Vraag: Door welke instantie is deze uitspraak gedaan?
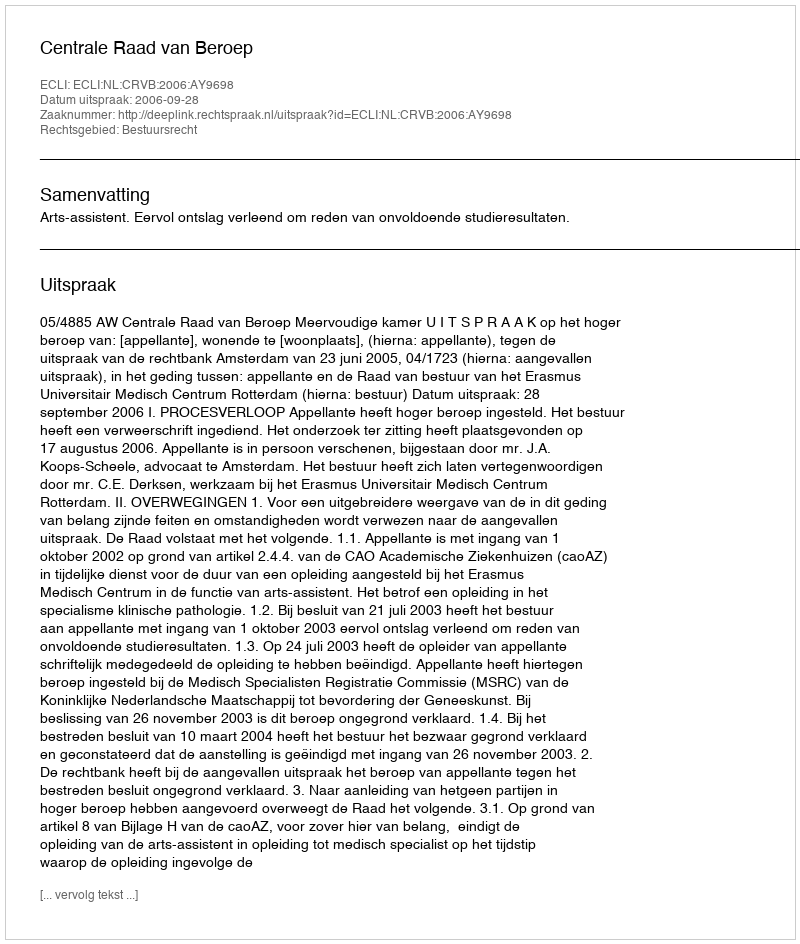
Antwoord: Centrale Raad van Beroep